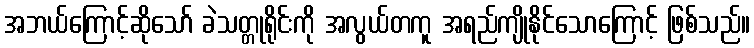
အဘယ်ကြောင့်ဆိုသော် ခဲသတ္တုရိုင်းကို အလွယ်တကူ အရည်ကျိုနိုင်သောကြောင့် ဖြစ်သည်။